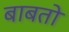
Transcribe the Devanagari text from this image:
बाबतो